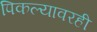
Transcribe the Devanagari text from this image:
पिकल्यावरही